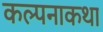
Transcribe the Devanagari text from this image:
कल्पनाकथा